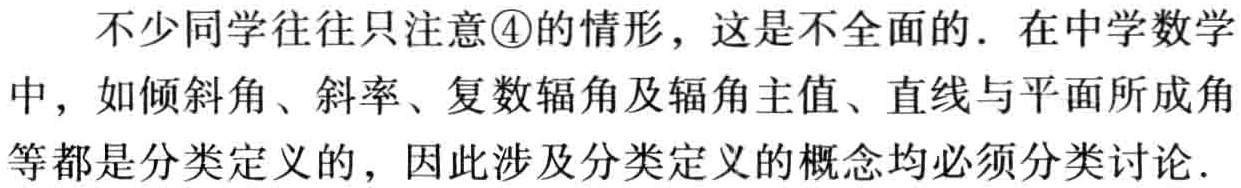
不少同学往往只注意\textcircled{4}的情形，这是不全面的．在中学数学中，如倾斜角、斜率、复数辐角及辐角主值、直线与平面所成角等都是分类定义的，因此涉及分类定义的概念均必须分类讨论．